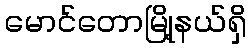
မောင်တောမြို့နယ်ရှိ